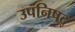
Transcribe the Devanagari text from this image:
उपनिषद्‍